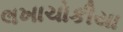
લખાચોકીયા